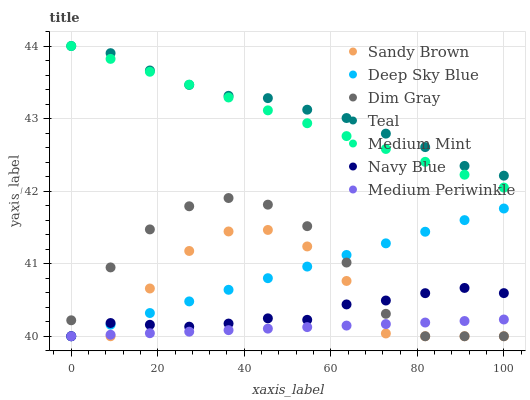
| xaxis_label | Sandy Brown | Deep Sky Blue | Dim Gray | Teal | Medium Mint | Navy Blue | Medium Periwinkle |
 | --- | --- | --- | --- | --- | --- | --- | --- |
 | 0 | 40 | 40 | 40.2 | 44 | 44 | 40 | 40 |
 | 9.09 | 40 | 40.2 | 40.9 | 43.9 | 43.8 | 40.2 | 40 |
 | 18.2 | 40.7 | 40.3 | 41.5 | 43.7 | 43.6 | 40.2 | 40 |
 | 27.3 | 41.2 | 40.5 | 41.8 | 43.5 | 43.5 | 40.1 | 40.1 |
 | 36.4 | 41.4 | 40.6 | 41.9 | 43.3 | 43.3 | 40.2 | 40.1 |
 | 45.5 | 41.5 | 40.8 | 41.8 | 43.3 | 43.1 | 40.2 | 40.1 |
 | 54.5 | 41.2 | 41 | 41.5 | 43.1 | 42.9 | 40.2 | 40.1 |
 | 63.6 | 40.8 | 41.1 | 41 | 43 | 42.8 | 40.4 | 40.1 |
 | 72.7 | 40 | 41.3 | 40.3 | 42.8 | 42.6 | 40.5 | 40.2 |
 | 81.8 | 40 | 41.4 | 40 | 42.6 | 42.4 | 40.6 | 40.2 |
 | 90.9 | 40 | 41.6 | 40 | 42.3 | 42.2 | 40.7 | 40.2 |
 | 100 | 40 | 41.8 | 40 | 42.2 | 42 | 40.6 | 40.2 |